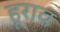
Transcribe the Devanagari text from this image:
हूराव